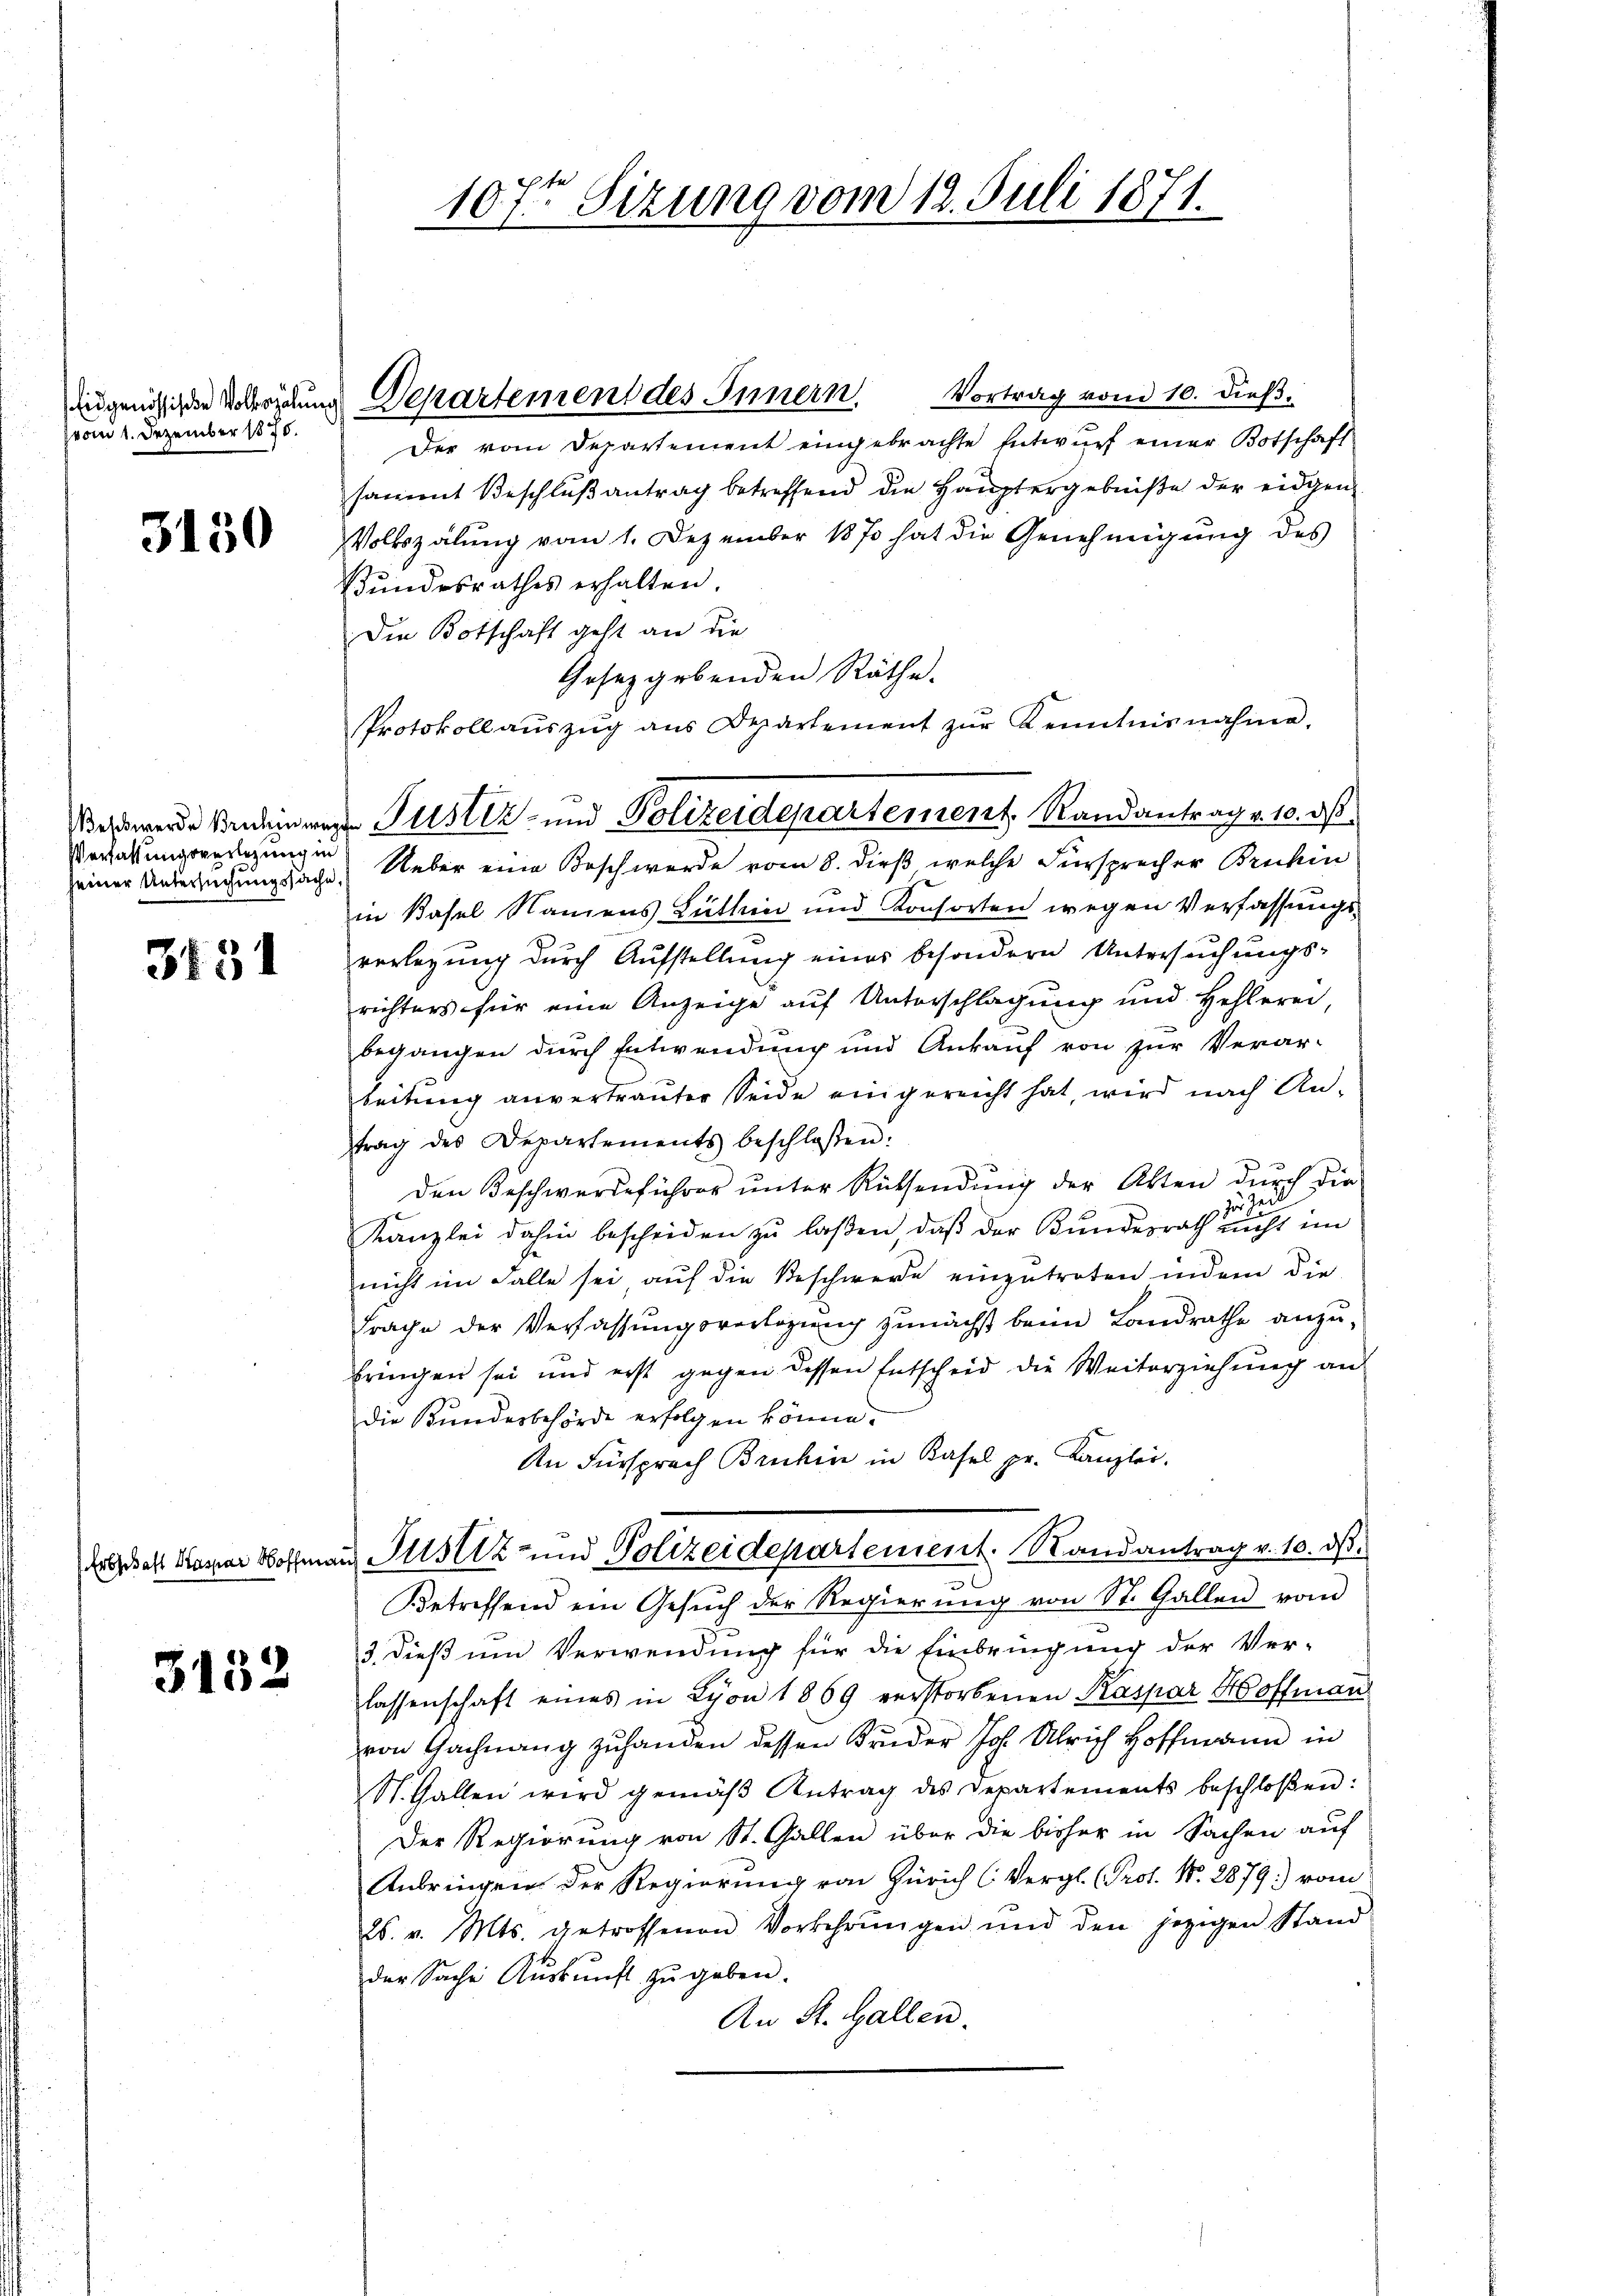
vom 1. Dezember 1875.

3150

Weschwerde Brechen wer
Verfassungsverlegung in
seiner Untersuchungssache

3451

Erbschaft Kaspar Hoffen

3152

ungenössigen Vollegium Departement des Innern Vortrag vom 10. dieβ.

107ten Sizung vom 12. Juli 1871.

Der vom Departement eingebrachte Entwurf einer Botschaft
sammt Beschlußantrag betreffend die Hauptergebniße der eidgen
Volkszalung vom 1. Dezember 1870 hat die Genehmigung des
Bundesrathes erhalten.
Die Botschaft geht an die
Gesetzgebenden Räthe.
Protokoll aŭszŭg aŭs Departement zŭr Kenntnisnahme.
 Ueber eine Beschwerde vom 8. dieß, welche Fürsprecher Bruhin
in Basel Namens Luthin und Konsorten wegen Verfassungsverlegung durch Aufstellung eines besondern Untersuchungsrichters für eine Anzeige auf Unterschlagung und Hehlerei,
begangen durch Entwendung und Ankauf von zur Verar-
beitung anvertrauter Seide eingereicht hat, wird nach Antrag des Departements beschlossen:
den Beschwerdeführer ŭnter Rücksendŭng der Akten dŭrch die
er
zu
Kanzlei dahin bescheiden zu laßen, daß der Bundesrath nicht im
nicht im Falle sei aŭf die Beschwere einzŭtreten indem die
Frache der Verfassungsvorlegung zunächst beim Landrathe anzubringen sei und erst gegen dessen Entscheid die Weiterziehung an
Die Bundesbehörde erfolgen könne.
An Fürsprach Bruhin in Kasel pr. Kanzlei.
in Justiz- und Polizeidepartement. Randantrag v. 10. ds.
Betreffend ein Gesŭch der Regierŭng von St. Gallen vom
3. dieß um Verwendung für die Einbringung der Ver-
lassenschaft eines in Lyon 1869 verstorbenen Kaspar Hoffmann
von Gachnang zuhanden dessen Bruder Joh. Ulrich Hoffmann in
St. Gallen wird gemäβ Antrag des Departements beschloßen:
Der Regierung von St. Gallen über die bisher in Sachen auf
Anbringen der Regierung von Zürich (Vergl. (Prot. N. 2879) vom
26. v. Mts. getroffenen Vorkehrŭngen und den jezigen Stand
der Sache Auskunft zu geben.
An St. Gallen.

do Pustiz- und Polizeidepartement, Randantrag v. 10. ds